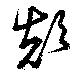
顛